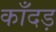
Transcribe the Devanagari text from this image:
काँदड़